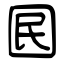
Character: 囻